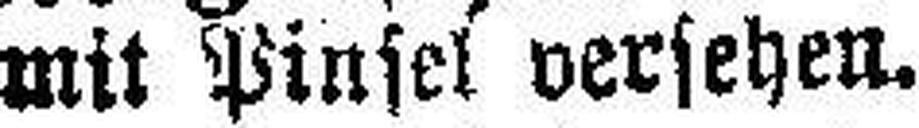
mit Pinsel versehen.